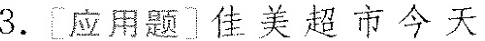
[应用题]佳美超市今天